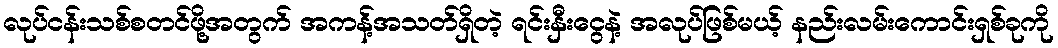
လုပ်ငန်းသစ်စတင်ဖို့အတွက် အကန့်အသတ်ရှိတဲ့ ရင်းနှီးငွေနဲ့ အလုပ်ဖြစ်မယ့် နည်းလမ်းကောင်းရှစ်ခုကို